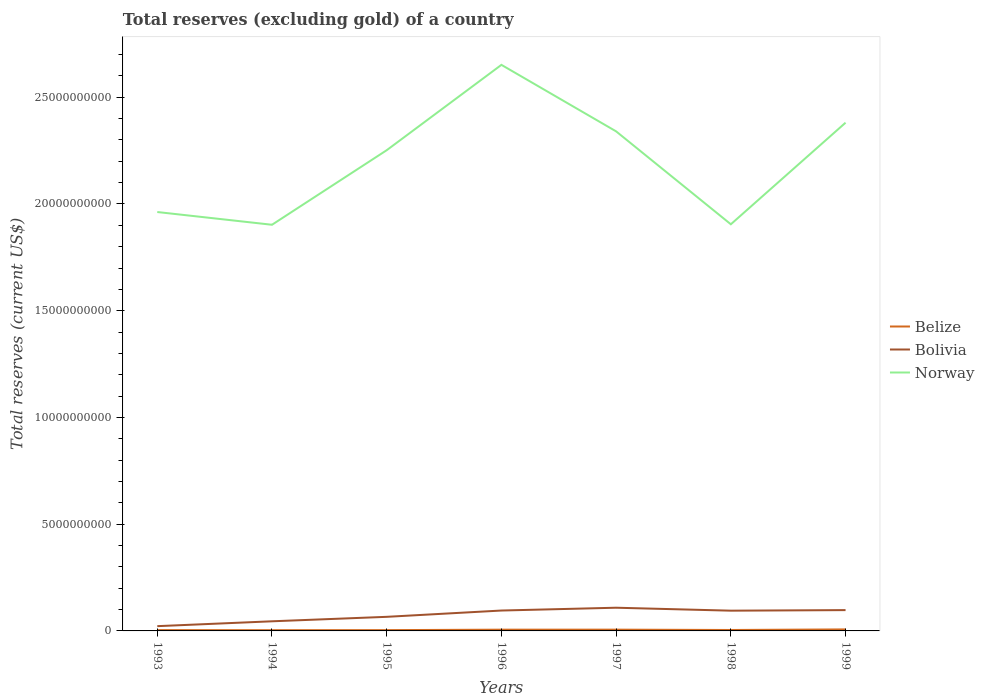
| Years | Belize | Bolivia | Norway |
 | --- | --- | --- | --- |
 | 1993 | 3.87e+07 | 2.23e+08 | 1.96e+10 |
 | 1994 | 3.45e+07 | 4.51e+08 | 1.9e+10 |
 | 1995 | 3.76e+07 | 6.6e+08 | 2.25e+10 |
 | 1996 | 5.84e+07 | 9.55e+08 | 2.65e+10 |
 | 1997 | 5.94e+07 | 1.09e+09 | 2.34e+10 |
 | 1998 | 4.41e+07 | 9.48e+08 | 1.9e+10 |
 | 1999 | 7.13e+07 | 9.75e+08 | 2.38e+10 |